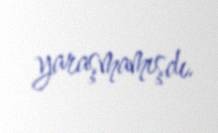
yaraşmamışdı.